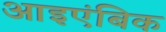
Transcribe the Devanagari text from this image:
आइएंबिक